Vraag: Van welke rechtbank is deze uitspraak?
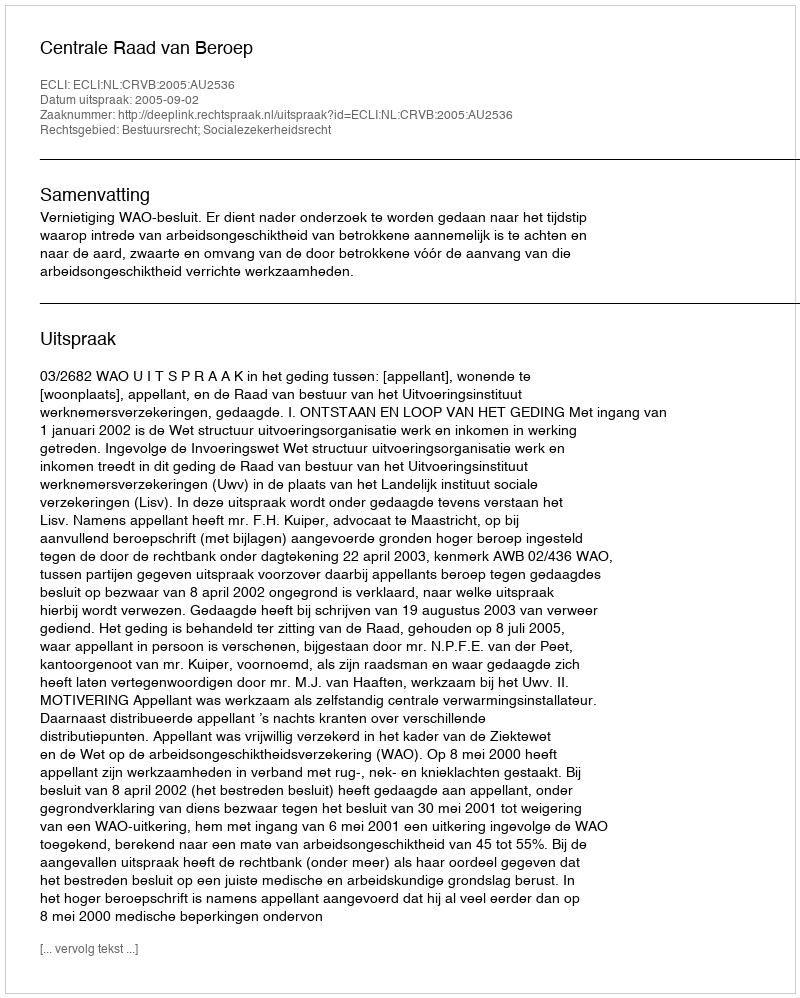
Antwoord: Centrale Raad van Beroep